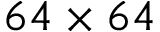
6 4 \times 6 4